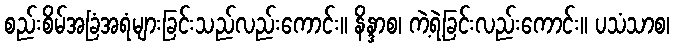
စည်းစိမ်အခြံအရံများခြင်းသည်လည်းကောင်း။ နိန္ဒာစ၊ ကဲ့ရဲ့ခြင်းလည်းကောင်း။ ပသံသာစ၊